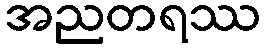
အညတရဿ